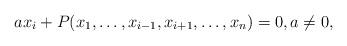
LaTeX: \begin{align*}a x_i + P(x_1,\dots,x_{i-1},x_{i+1},\dots,x_n) = 0, a\neq 0,\end{align*}